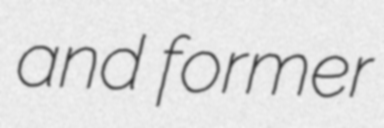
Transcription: and former